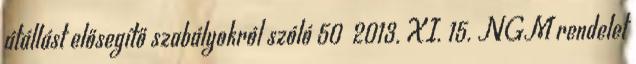
átállást elősegítő szabályokról szóló 50 2013. XI. 15. NGM rendelet